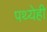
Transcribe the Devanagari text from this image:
पथ्येही